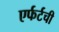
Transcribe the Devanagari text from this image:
एर्फर्टची